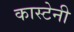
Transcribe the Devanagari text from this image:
कास्टेनी